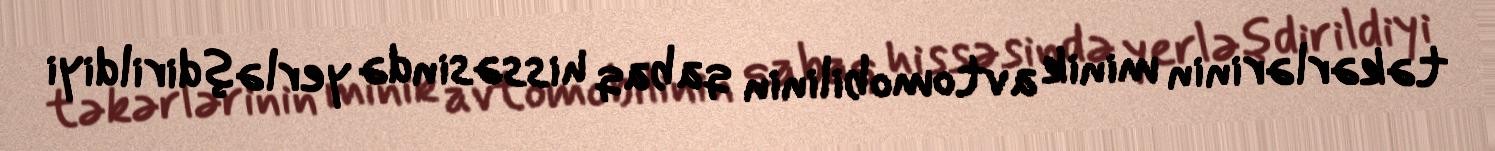
təkərlərinin minik avtomobilinin qabaq hissəsində yerləşdirildiyi